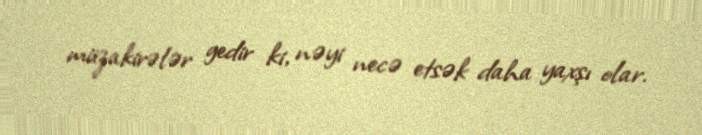
müzakirələr gedir ki, nəyi necə etsək daha yaxşı olar.